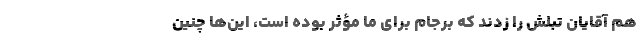
هم آقایان تبلش را زدند که برجام برای ما مؤثر بوده است، این‌ها چنین